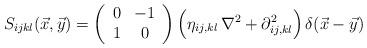
LaTeX: \begin{align*}S_{ijkl}(\vec x,\vec y)=\left(\begin{array}{cc}0&-1\\1&0\end{array}\right)\Bigl(\eta_{ij,kl}\,\nabla^2+\partial^2_{ij,kl}\Bigr)\,\delta(\vec x-\vec y)\end{align*}